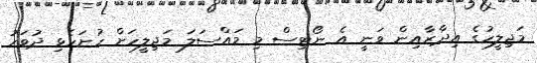
މަޖިލީހުގެ އިދާރާއިން ވަނީ އެ ނޯޓިސް މި މައްސަލަ މަޖިލީހަށް ހުށަހެޅި ދުވަހު